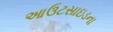
આઉટસાઇડના